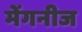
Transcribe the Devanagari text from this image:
मेंगनीज